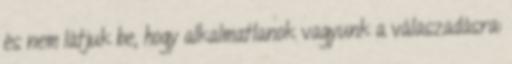
és nem látjuk be, hogy alkalmatlanok vagyunk a válaszadásra: